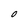
Character: O